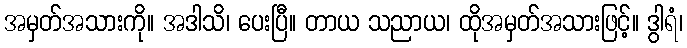
အမှတ်အသားကို။ အဒါသိ၊ ပေးပြီ။ တာယ သညာယ၊ ထိုအမှတ်အသားဖြင့်။ ဒွါရံ၊